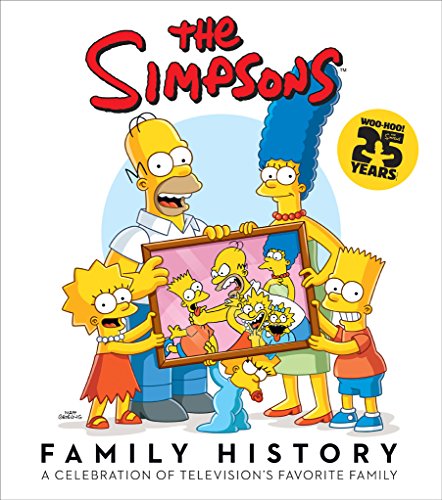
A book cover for The Simpsons Family History; Matt Groening; Humor & Entertainment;